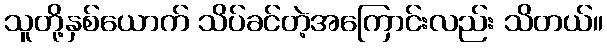
သူတို့နှစ်ယောက် သိပ်ခင်တဲ့အကြောင်းလည်း သိတယ်။